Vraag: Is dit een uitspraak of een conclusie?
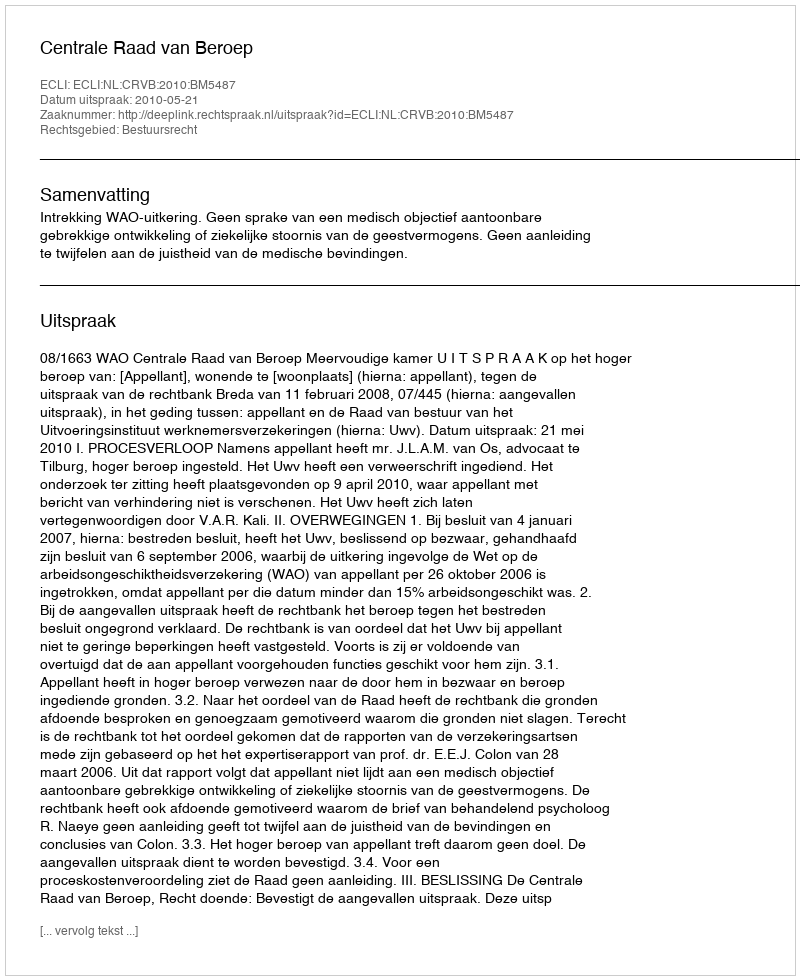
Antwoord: Uitspraak